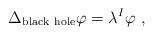
LaTeX: \begin{align*}\Delta_{\rm black~hole} \varphi = \lambda^I \varphi~,\end{align*}